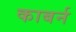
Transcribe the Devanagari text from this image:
काबर्न